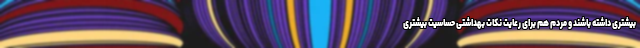
بیشتری داشته باشند و مردم هم برای رعایت نکات بهداشتی حساسیت بیشتری